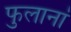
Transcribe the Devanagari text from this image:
फुलानां